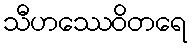
သီဟဿေဝိတရေ